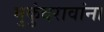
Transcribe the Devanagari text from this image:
मुकुंदरावांना